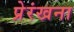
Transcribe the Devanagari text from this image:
प्रेरंखना